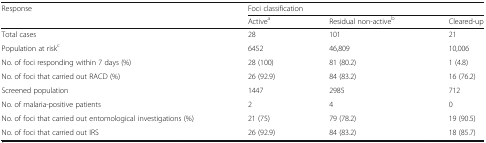
<table><thead><tr><td rowspan="2"><b>Response</b></td><td colspan="3"><b>Foci classification</b></td></tr><tr><td><b>Active<sup>a</sup></b></td><td><b>Residual non-active<sup>b</sup></b></td><td><b>Cleared-up</b></td></tr></thead><tbody><tr><td>Total cases</td><td>28</td><td>101</td><td>21</td></tr><tr><td>Population at risk<sup>c</sup></td><td>6452</td><td>46,809</td><td>10,006</td></tr><tr><td>No. of foci responding within 7 days (%)</td><td>28 (100)</td><td>81 (80.2)</td><td>1 (4.8)</td></tr><tr><td>No. of foci that carried out RACD (%)</td><td>26 (92.9)</td><td>84 (83.2)</td><td>16 (76.2)</td></tr><tr><td>Screened population</td><td>1447</td><td>2985</td><td>712</td></tr><tr><td>No. of malaria-positive patients</td><td>2</td><td>4</td><td>0</td></tr><tr><td>No. of foci that carried out entomological investigations (%)</td><td>21 (75)</td><td>79 (78.2)</td><td>19 (90.5)</td></tr><tr><td>No. of foci that carried out IRS</td><td>26 (92.9)</td><td>84 (83.2)</td><td>18 (85.7)</td></tr></tbody></table>